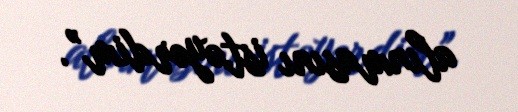
alınmasını istəyərdim”.